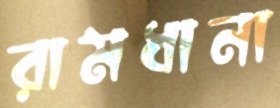
রামধানা